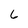
Character: 6